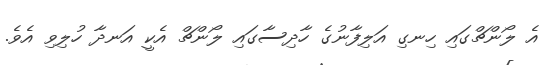
އެ ލޯންޗްގައި ހިނގި އަލިފާނުގެ ހާދިސާގައި ލޯންޗް އެކީ އަނދާ ހުލިވި އެވެ.